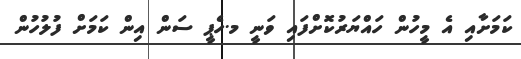
ކަމަށާއި އެ މީހުން ހައްޔަރުކޮށްފައި ވަނީ މ.ހެޕީ ސަން އިން ކަމަށް ފުލުހުން